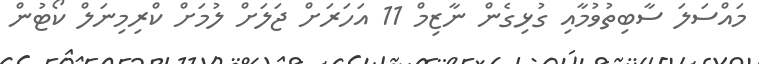
މައްސަލަ ސާބިތުވުމާއި ގުޅިގެން ނާޒިމް 11 އަހަރަށް ޖަލަށް ލުމަށް ކްރިމިނަލް ކޯޓުން